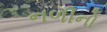
નળીનો